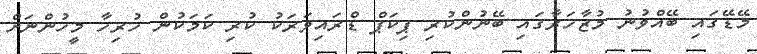
މޭޑޭގައި ބޭއްވުނު މުޒާހަރާގައި ބޭނުންކުރި ޕިކަޕް ޑްރައިވަރަކު ކުރި ކަމަކުން ހުރިހާ މީހުންނަށް